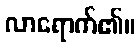
လာရောက်၏။